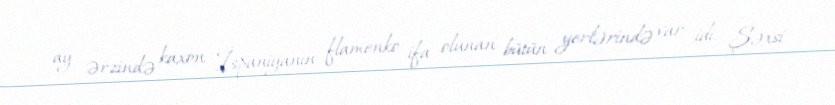
ay ərzində kaxon İspaniyanın flamenko ifa olunan bütün yerlərində var idi. Şəxsi